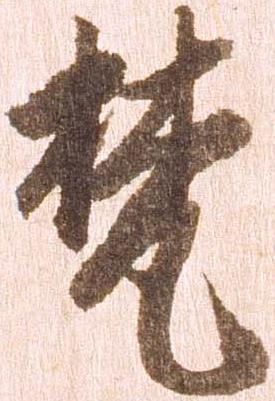
梵